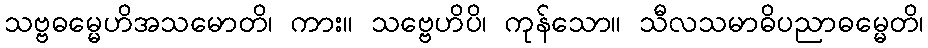
သဗ္ဗဓမ္မေဟိအသမောတိ၊ ကား။ သဗ္ဗေဟိပိ၊ ကုန်သော။ သီလသမာဓိပညာဓမ္မေတိ၊